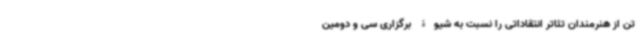
تن از هنرمندان تئاتر انتقاداتی را نسبت به شیوۀ برگزاری سی و دومین